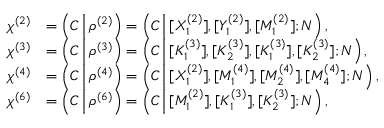
\begin{array} { r l } { \chi ^ { ( 2 ) } } & { = \left( C \, \Big | \, \rho ^ { ( 2 ) } \right) = \left( C \, \Big | \, [ X _ { 1 } ^ { ( 2 ) } ] , [ Y _ { 1 } ^ { ( 2 ) } ] , [ M _ { 1 } ^ { ( 2 ) } ] ; N \right) , } \\ { \chi ^ { ( 3 ) } } & { = \left( C \, \Big | \, \rho ^ { ( 3 ) } \right) = \left( C \, \Big | \, [ K _ { 1 } ^ { ( 3 ) } ] , [ K _ { 2 } ^ { ( 3 ) } ] , [ K _ { 1 } ^ { ( 3 ) } ] , [ K _ { 2 } ^ { ( 3 ) } ] ; N \right) , } \\ { \chi ^ { ( 4 ) } } & { = \left( C \, \Big | \, \rho ^ { ( 4 ) } \right) = \left( C \, \Big | \, [ X _ { 1 } ^ { ( 2 ) } ] , [ M _ { 1 } ^ { ( 4 ) } ] , [ M _ { 2 } ^ { ( 4 ) } ] , [ M _ { 4 } ^ { ( 4 ) } ] ; N \right) , } \\ { \chi ^ { ( 6 ) } } & { = \left( C \, \Big | \, \rho ^ { ( 6 ) } \right) = \left( C \, \Big | \, [ M _ { 1 } ^ { ( 2 ) } ] , [ K _ { 1 } ^ { ( 3 ) } ] , [ K _ { 2 } ^ { ( 3 ) } ] ; N \right) , } \end{array}